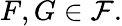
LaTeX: F,G\in{\mathcal{F}}.